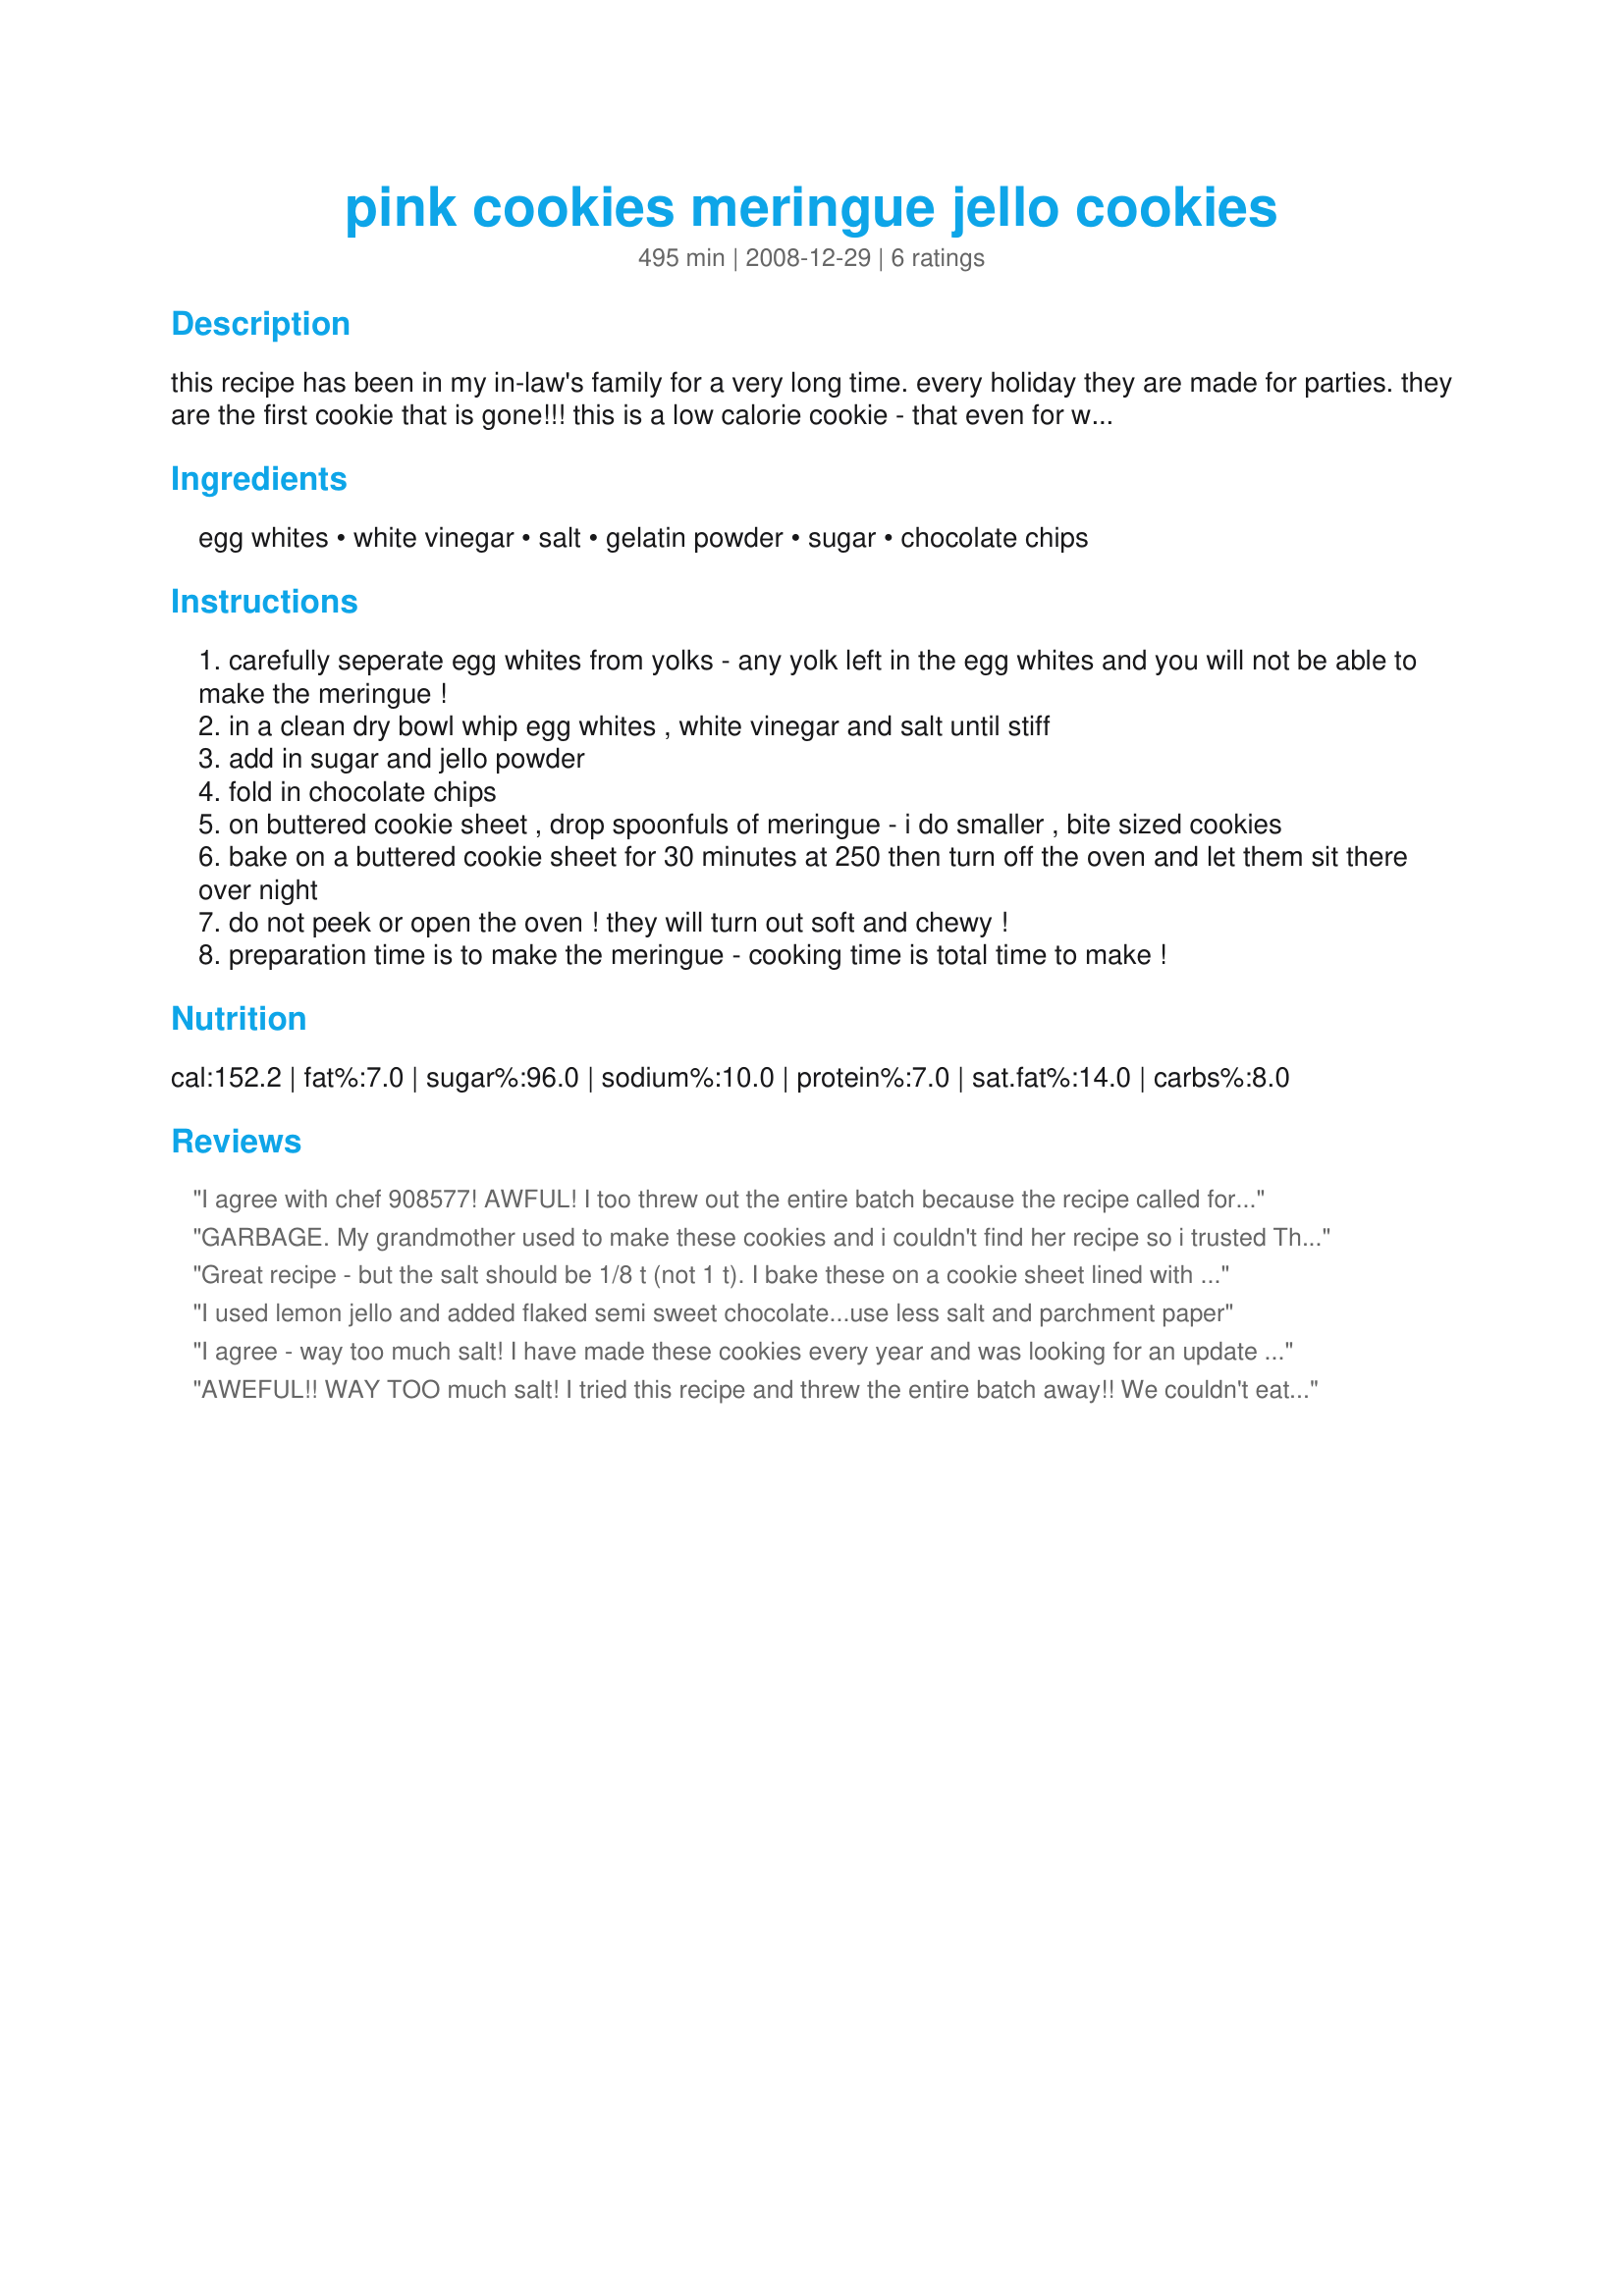
pink cookies meringue jello cookies
Preparation time: 495 minutes

this recipe has been in my in-law's family for a very long time. every holiday they are made for parties. they are the first cookie that is gone!!! this is a low calorie cookie - that even for weight watchers (ww) they are about 1 point for 2 smallish cookies!!!

Ingredients:
egg whites, white vinegar, salt, gelatin powder, sugar, chocolate chips

Steps:
carefully seperate egg whites from yolks - any yolk left in the egg whites and you will not be able to make the meringue !
in a clean dry bowl whip egg whites , white vinegar and salt until stiff
add in sugar and jello powder
fold in chocolate chips
on buttered cookie sheet , drop spoonfuls of meringue - i do smaller , bite sized cookies
bake on a buttered cookie sheet for 30 minutes at 250 then turn off the oven and let them sit there over night
do not peek or open the oven ! they will turn out soft and chewy !
preparation time is to make the meringue - cooking time is total time to make !

Reviews:
I agree with chef 908577! AWFUL! I too threw out the entire batch because the recipe called for too much salt.<br/><br/>Lesson learned - read comments first!
GARBAGE. My grandmother used to make these cookies and i couldn't find her recipe so i trusted This one. Mistake. My grandmother is rolling in her grave. The cookies were way too salty and never set. They all went in the trash. DONT DO IT
Great recipe - but the salt should be 1/8 t (not 1 t). I bake these on a cookie sheet lined with a brown paper bag. They look really pretty on a cookie platter and they're gluten free! You can also use lime green jello.
I used lemon jello and added flaked semi sweet chocolate...use less salt and parchment paper
I agree - way too much salt! I have made these cookies every year and was looking for an update for an old recipe. I had to throw away the entire batch and start over. I will use 1/8 tsp as well which was what my &quot;old&quot; recipe called for. I always use raspberry gelatin and I also bake on brown paper. You do not need to leave them in the oven overnight either. An hour is plenty.
AWEFUL!! WAY TOO much salt! I tried this recipe and threw the entire batch away!! We couldn't eat them! I like the idea of the cherry & chocolate in the meringue, but with a different recipe!
